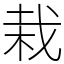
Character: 栽